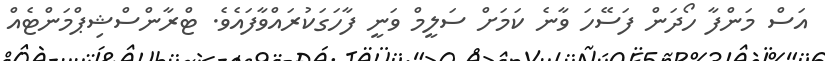
އަސް މަންފާ ހޯދަން ފަސޭހަ ވާނެ ކަމަށް ސަލީމް ވަނީ ފާހަގަކުރައްވާފައެވެ. ޓްރާންސްޝިޕްމަންޓެއް